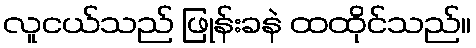
လူငယ်သည် ဖြုန်းခနဲ ထထိုင်သည်။